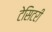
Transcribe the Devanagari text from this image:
टेसिटरी